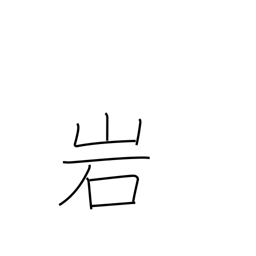
Meaning: rock